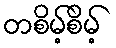
တစိမ့်စိမ့်